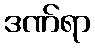
ဒဏ်ရာ